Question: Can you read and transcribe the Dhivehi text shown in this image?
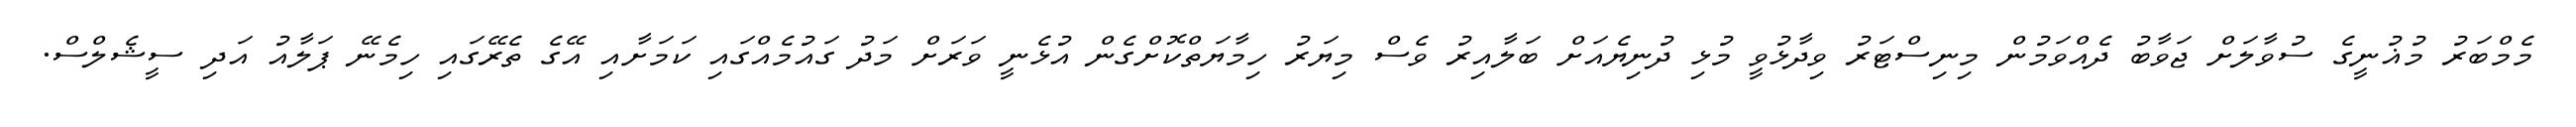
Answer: މެމްބަރު މުޣުނީގެ ސުވާލަށް ޖަވާބު ދެއްވަމުން މިނިސްޓަރު ވިދާޅުވީ މުޅި ދުނިޔެއަށް ބަލާއިރު ވެސް މިޔަރު ހިމާޔަތްކޮށްގެން އުޅެނީ ވަރަށް މަދު ގައުމެއްގައި ކަމަށާއި އޭގެ ތެރޭގައި ހިމެނޭ ޕަލާއު އަދި ސީޝެލްސް.